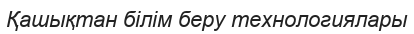
Қашықтан білім беру технологиялары